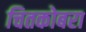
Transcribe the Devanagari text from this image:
चितकोबरा